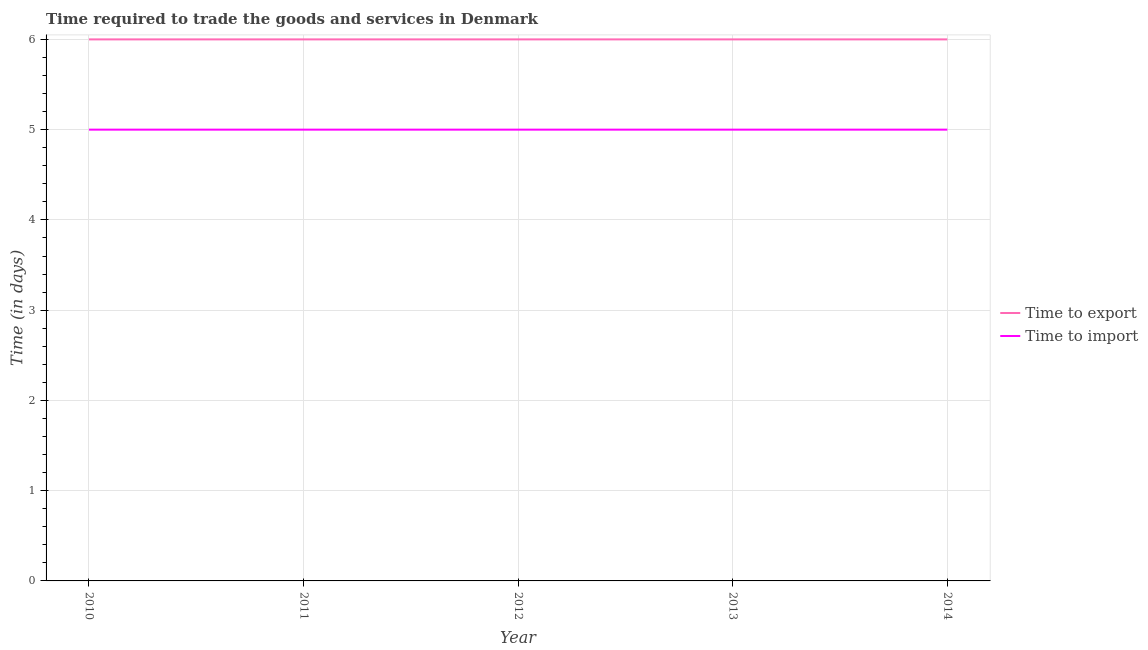
| Year | Time to export | Time to import |
 | --- | --- | --- |
 | 2010 | 6 | 5 |
 | 2011 | 6 | 5 |
 | 2012 | 6 | 5 |
 | 2013 | 6 | 5 |
 | 2014 | 6 | 5 |